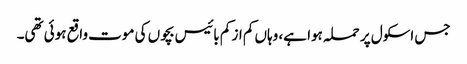
جس اسکول پر حملہ ہوا ہے، وہاں کم از کم بائیس بچوں کی موت واقع ہوئی تھی۔